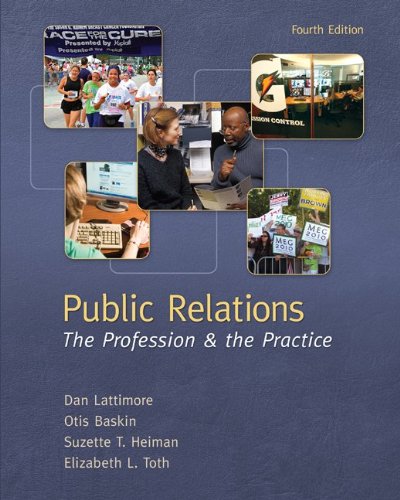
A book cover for Public Relations:  The Profession and the Practice; Dan Lattimore; Business & Money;